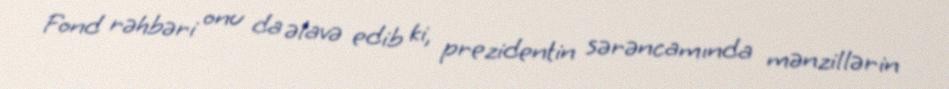
Fond rəhbəri onu da əlavə edib ki, prezidentin sərəncamında mənzillərin